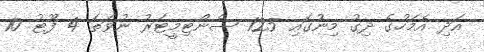
އަދި އެމަހުގެ ދިގު މިނުގައި 125 ސެންޓިމީޓަރު ނުވަތަ 4 ފޫޓު 10